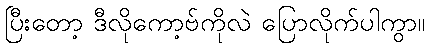
ပြီးတော့ ဒီလိုကော့ဗ်ကိုလဲ ပြောလိုက်ပါကွာ။